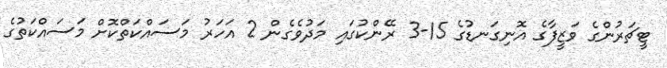
ޓީޗަރުންގެ ވަޒީފާގެ އޮނިގަނޑުގެ 15-3 ރޭންކުގައި މަދުވެގެން 2 އަހަރު މަސައްކަތްކޮށް މަސައްކަތުގެ